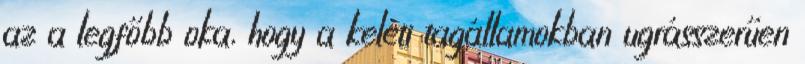
az a legfőbb oka, hogy a keleti tagállamokban ugrásszerűen